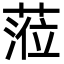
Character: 蒞